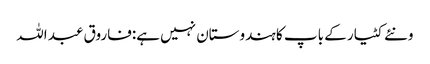
ونئے کٹیار کے باپ کا ہندوستان نہیں ہے:فاروق عبد اللہ